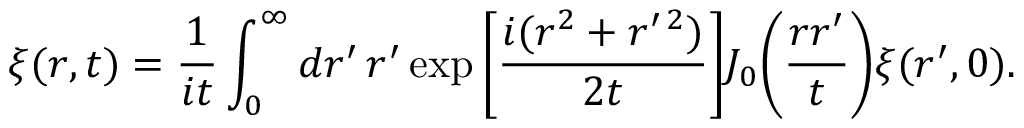
\xi ( r , t ) = \frac { 1 } { i t } \int _ { 0 } ^ { \infty } d r ^ { \prime } \, r ^ { \prime } \exp \bigg [ \frac { i ( r ^ { 2 } + r ^ { \prime \, 2 } ) } { 2 t } \bigg ] J _ { 0 } \bigg ( \frac { r r ^ { \prime } } { t } \bigg ) \xi ( r ^ { \prime } , 0 ) .